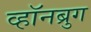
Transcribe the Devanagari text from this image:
व्हॉनब्रुग